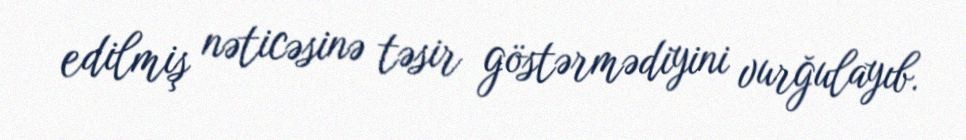
edilmiş nəticəsinə təsir göstərmədiyini vurğulayıb.